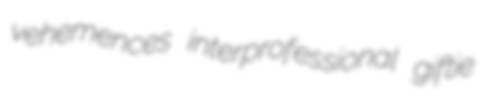
vehemences interprofessional giftie